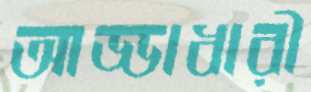
আড্ডাধারী